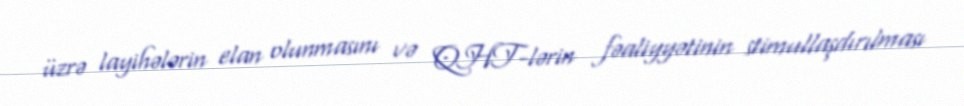
üzrə layihələrin elan olunmasını və QHT-lərin fəaliyyətinin stimullaşdırılması